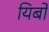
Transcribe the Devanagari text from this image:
यिबो